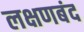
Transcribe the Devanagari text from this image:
लक्षणबंद